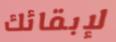
لإبقائك